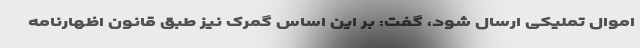
اموال تملیکی ارسال شود، گفت: بر این اساس گمرک نیز طبق قانون اظهارنامه